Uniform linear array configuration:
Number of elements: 32
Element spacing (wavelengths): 1
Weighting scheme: binomial
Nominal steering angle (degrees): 60
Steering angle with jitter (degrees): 59.916
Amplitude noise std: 0.05
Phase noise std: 0.05

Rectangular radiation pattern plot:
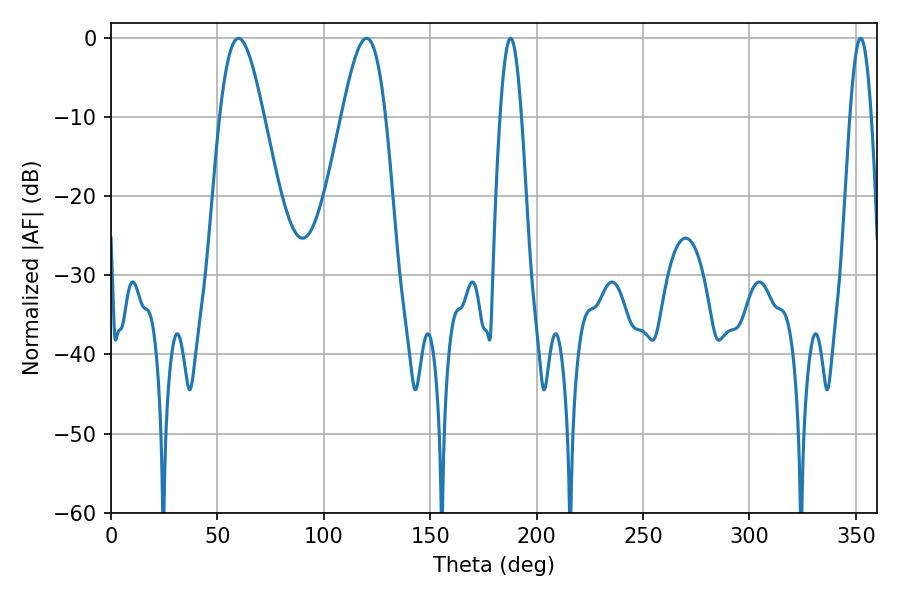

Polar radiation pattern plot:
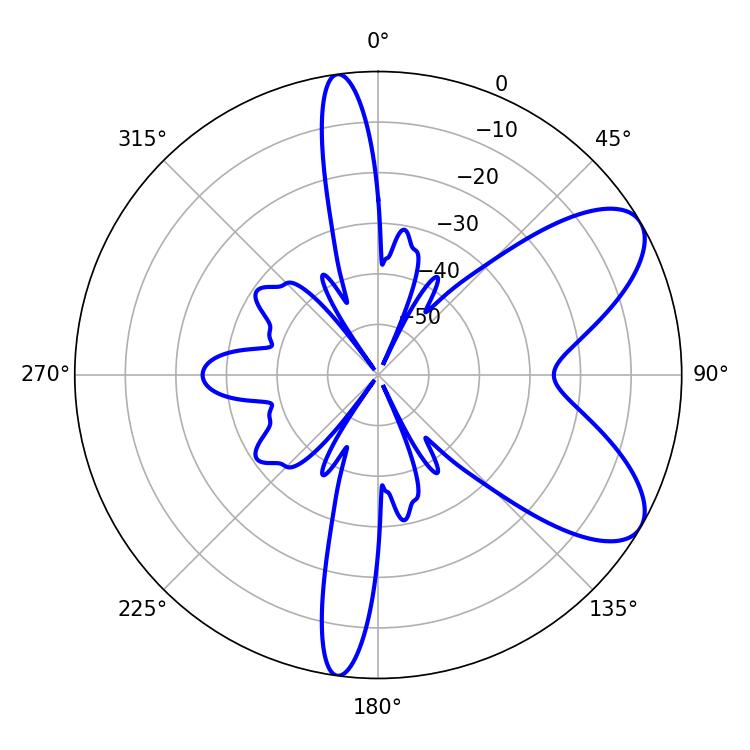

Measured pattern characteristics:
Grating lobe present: TRUE
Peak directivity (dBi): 7.675
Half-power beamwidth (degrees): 5.4
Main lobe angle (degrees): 187.74